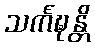
သင်္ကဍ္ဎန္တိ